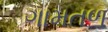
ગામતળ